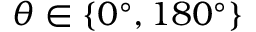
\theta \in \{ 0 ^ { \circ } , 1 8 0 ^ { \circ } \}